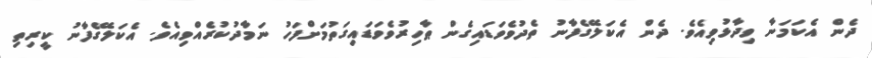
ދެން އެކަމަނާ ވިދާޅުވިއެވެ. ދެން އެކަލޭގެފާނު ތެދުވެވަޑައިގެން ޠާހިރުވެވަޑައިގަތުމަށްފަހު ނަމާދުކުރެއްވިއެވެ. އެކަލޭގެފާނު ކީރިތި